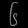
Digit: ၆